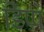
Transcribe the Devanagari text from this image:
डिप्पे